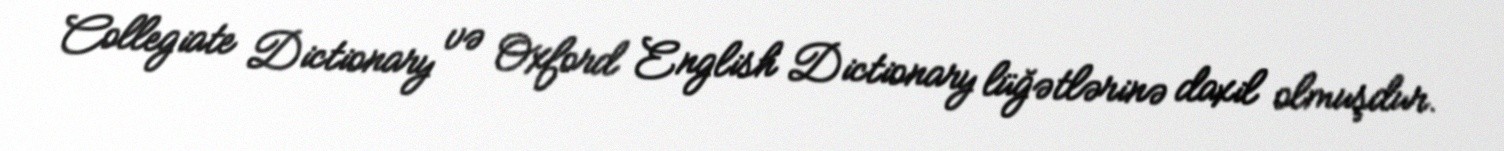
Collegiate Dictionary və Oxford English Dictionary lüğətlərinə daxil olmuşdur.